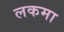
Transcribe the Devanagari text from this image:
लकमा